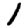
Digit: 1